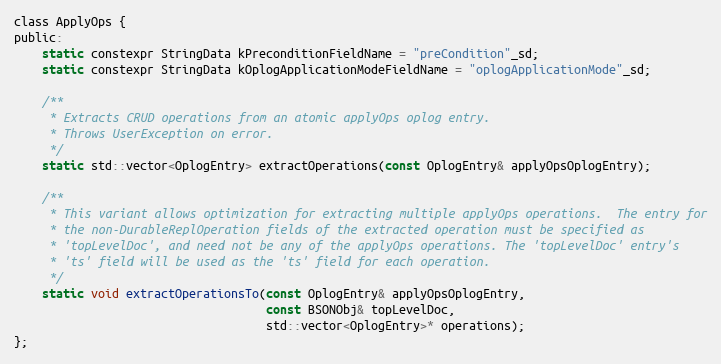
Language: C
class ApplyOps {
public:
    static constexpr StringData kPreconditionFieldName = "preCondition"_sd;
    static constexpr StringData kOplogApplicationModeFieldName = "oplogApplicationMode"_sd;

    /**
     * Extracts CRUD operations from an atomic applyOps oplog entry.
     * Throws UserException on error.
     */
    static std::vector<OplogEntry> extractOperations(const OplogEntry& applyOpsOplogEntry);

    /**
     * This variant allows optimization for extracting multiple applyOps operations.  The entry for
     * the non-DurableReplOperation fields of the extracted operation must be specified as
     * 'topLevelDoc', and need not be any of the applyOps operations. The 'topLevelDoc' entry's
     * 'ts' field will be used as the 'ts' field for each operation.
     */
    static void extractOperationsTo(const OplogEntry& applyOpsOplogEntry,
                                    const BSONObj& topLevelDoc,
                                    std::vector<OplogEntry>* operations);
};